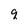
Character: q